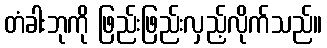
တံခါးဘုကို ဖြည်းဖြည်းလှည့်လိုက်သည်။